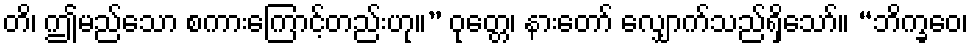
တိ၊ ဤမည်သော စကားကြောင့်တည်းဟု။” ဝုတ္တေ၊ နားတော် လျှောက်သည်ရှိသော်။ “ဘိက္ခဝေ၊